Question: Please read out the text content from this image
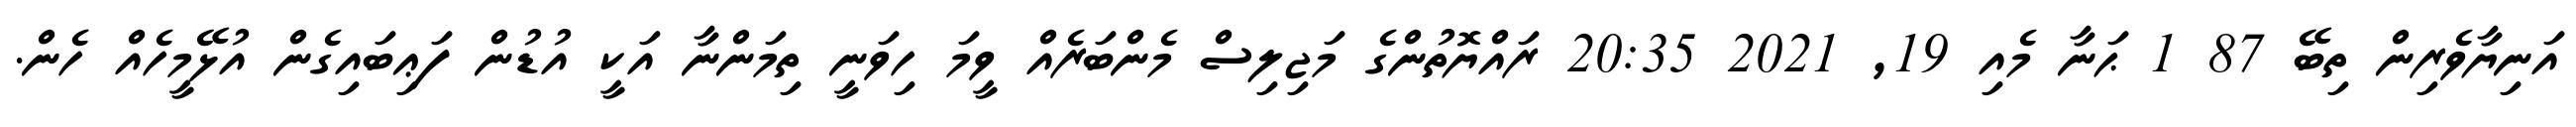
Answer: އަނިޔާވެރިން ތިބޭ 87 1 ޙަނާ މެއި 19, 2021 20:35 ރައްޔޮތުންގެ މަޖިލިސް މެންބަރެއް ވީމަ ހިވަނީ ތިމަންނާ އަކީ އުޑުން ފަޢިބައިގެން އުޅޭމީހެއް ހެން.